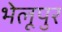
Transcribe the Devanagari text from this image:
भेलूपुर